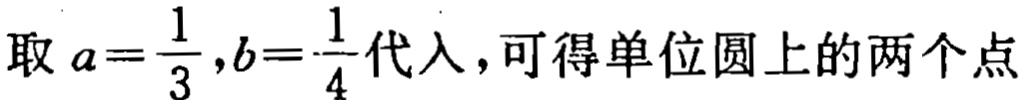
取 \(a = \frac{1}{3},b = \frac{1}{4}\) 代入，可得单位圆上的两个点